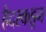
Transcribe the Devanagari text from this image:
हैदरकडून